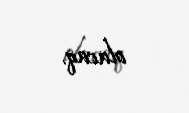
olacaq.